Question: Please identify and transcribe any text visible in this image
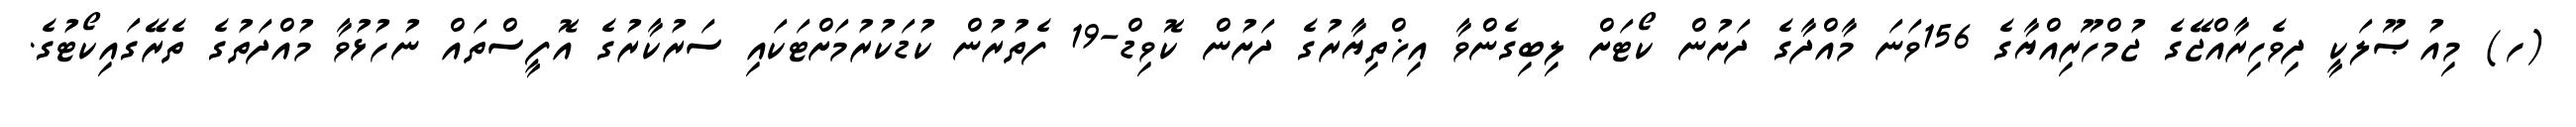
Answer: (ހ) މިއުޞޫލަކީ ދިވެހިރާއްޖޭގެ ޖުމްހޫރިއްޔާގެ 156ވަނަ މާއްދާގެ ދަށުން ކޯޓަށް ލިބިގެންވާ އިޚްތިޔާރުގެ ދަށުން ކޮވިޑް-19 ފެތުރުން ކުޑަކުރުމަށްޓަކައި ސަރުކާރުގެ އޮފީސްތައް ނުހުޅުވާ މުއްދަތުގެ ތެރޭގައިކޯޓުގެ.